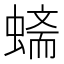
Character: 𲀀